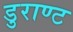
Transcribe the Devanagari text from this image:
डुराण्ट